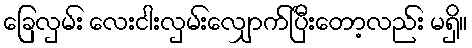
ခြေလှမ်း လေးငါးလှမ်းလျှောက်ပြီးတော့လည်း မရှိ။